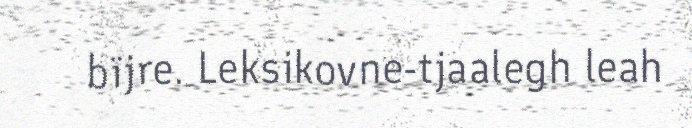
bïjre. Leksikovne-tjaalegh leah